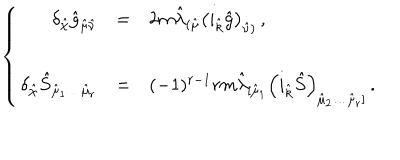
\left\{ \begin{array} { r c l } { { \delta _ { \hat { \chi } } \hat { g } _ { \hat { \mu } \hat { \nu } } } } & { { = } } & { { 2 m \hat { \lambda } _ { ( \hat { \mu } } \left( i _ { \hat { k } } \hat { g } \right) _ { \hat { \nu } ) } \, , } } \\ { { } } & { { } } & { { } } \\ { { \delta _ { \hat { \chi } } \hat { S } _ { \hat { \mu } _ { 1 } \ldots \hat { \mu } _ { r } } } } & { { = } } & { { ( - 1 ) ^ { r - 1 } r m \hat { \lambda } _ { [ \hat { \mu } _ { 1 } } \left( i _ { \hat { k } } \hat { S } \right) _ { \hat { \mu } _ { 2 } \ldots \hat { \mu } _ { r } ] } \, . } } \\ \end{array} \right.